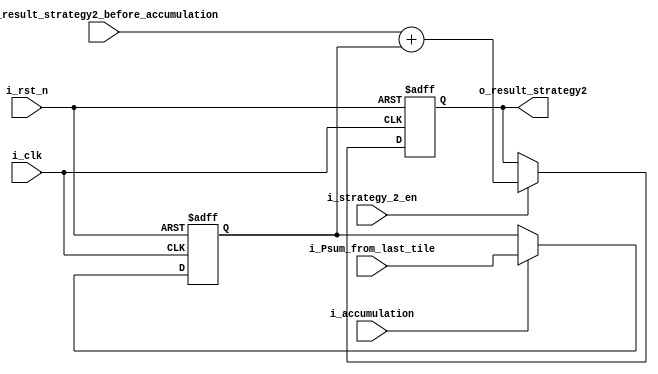
module accumulator_strategy2(
  input i_clk,
  input i_rst_n,
  input i_strategy_2_en,
  input i_accumulation,
  input signed [31:0] i_Psum_from_last_tile,
  input signed [20:0] i_result_strategy2_before_accumulation,
  output reg signed [31:0] o_result_strategy2
);

  reg signed [31:0] Psum_from_last_tile_reg;

  always@(posedge i_clk or negedge i_rst_n)begin
    if(~i_rst_n)begin
      Psum_from_last_tile_reg <= 32'd0;
    end else if(i_accumulation)begin
      Psum_from_last_tile_reg <= i_Psum_from_last_tile;
    end
  end

  always@(posedge i_clk or negedge i_rst_n)begin
    if(~i_rst_n)begin
      o_result_strategy2 <= 32'd0;
    end else if(i_strategy_2_en)begin
      o_result_strategy2 <= i_result_strategy2_before_accumulation + Psum_from_last_tile_reg;
    end
  end

endmodule